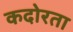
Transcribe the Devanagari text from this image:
कदोरता